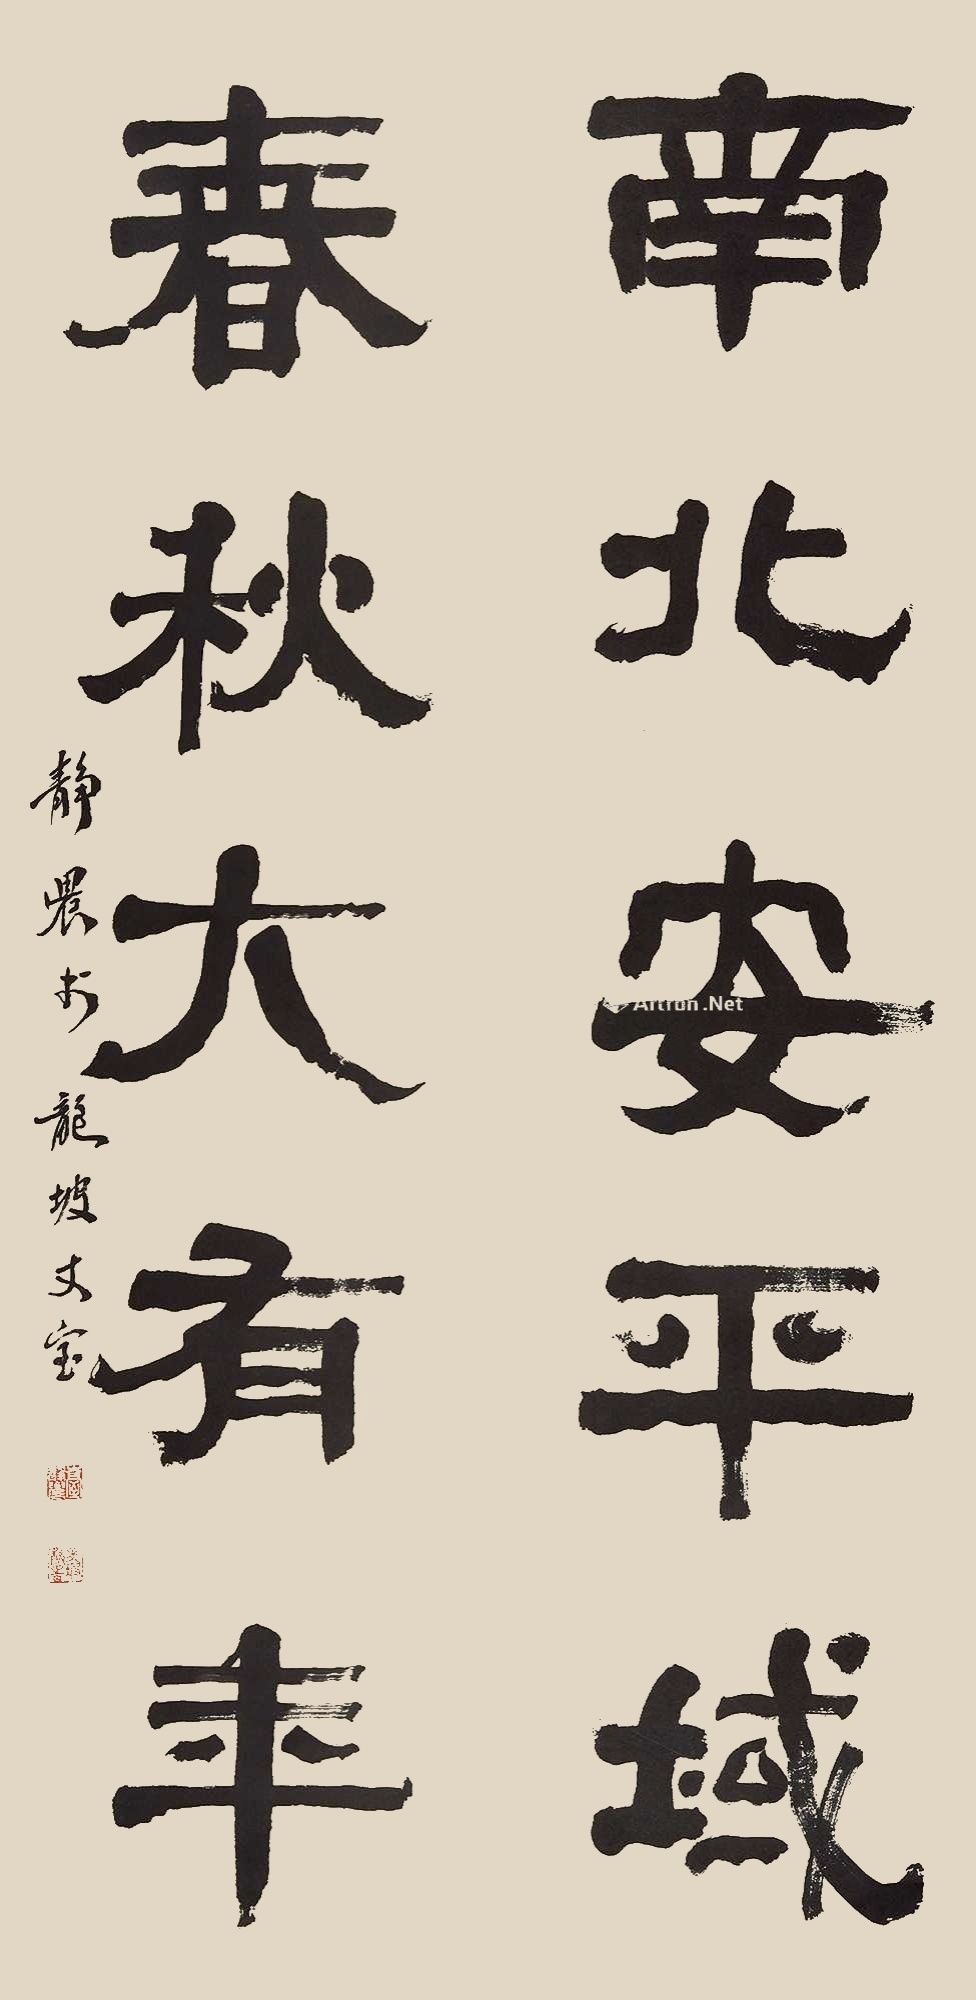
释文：南北安平域，春秋大有年。静农于龙坡丈室。